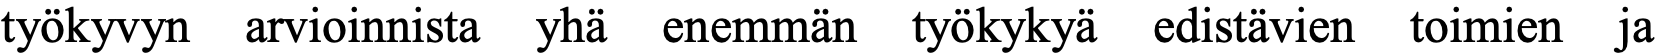
työkyvyn arvioinnista yhä enemmän työkykyä edistävien toimien ja